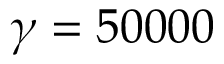
\gamma = 5 0 0 0 0